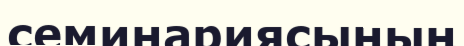
семинариясының